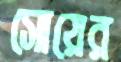
সোয়ের